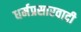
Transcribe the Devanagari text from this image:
धर्मप्रसारवादी